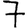
Digit: 7